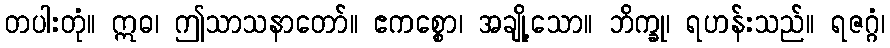
တပါးတုံ။ ဣဓ၊ ဤသာသနာတော်။ ဧကစ္စော၊ အချို့သော။ ဘိက္ခု၊ ရဟန်းသည်။ ရဇဂ္ဂံ၊